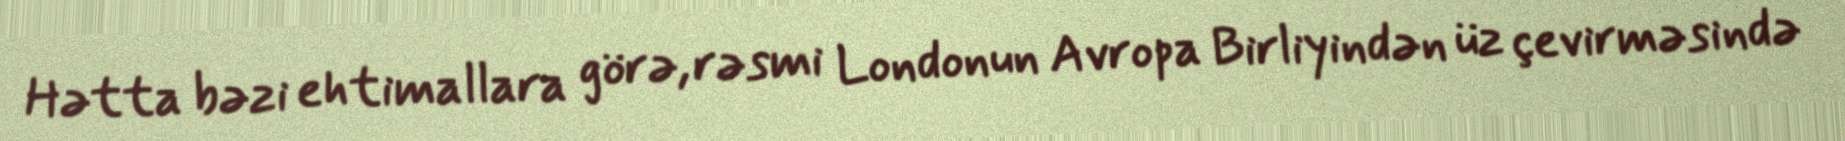
Hətta bəzi ehtimallara görə, rəsmi Londonun Avropa Birliyindən üz çevirməsində